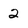
Character: 2